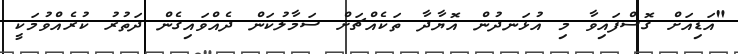
"އަޑިއަށް ގޮސްފައިވާ މި އުޅަނދުން އޮޔާދާ ތަކެއްޗަށް ސަމާލުކަން ދެއްވައިގެން ދަތުރު ކުރެއްވުމަކީ